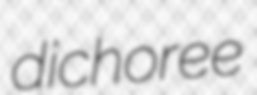
dichoree